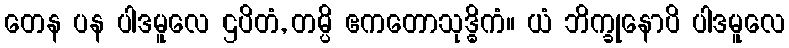
တေန ပန ပါဒမူလေ ဌပိတံ, တမ္ပိ ဧကတောသုဒ္ဓိကံ။ ယံ ဘိက္ခုနောပိ ပါဒမူလေ